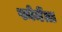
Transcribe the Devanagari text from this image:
फोमेंता